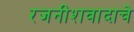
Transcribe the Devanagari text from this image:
रजनीशवादाचे